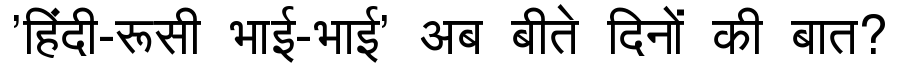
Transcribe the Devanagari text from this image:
'हिंदी-रूसी भाई-भाई' अब बीते दिनों की बात?